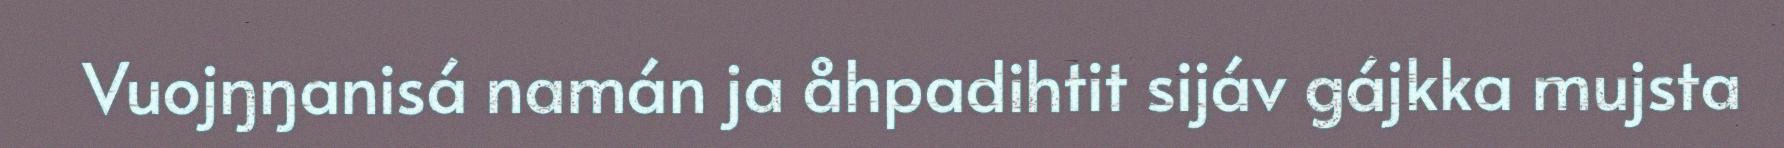
Vuojŋŋanisá namán ja åhpadihtit sijáv gájkka mujsta